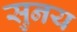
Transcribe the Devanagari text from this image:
सुनय